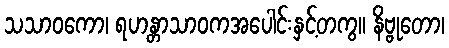
သသာဝကော၊ ရဟန္တာသာဝကအပေါင်းနှင့်တကွ။ နိဗ္ဗုတော၊